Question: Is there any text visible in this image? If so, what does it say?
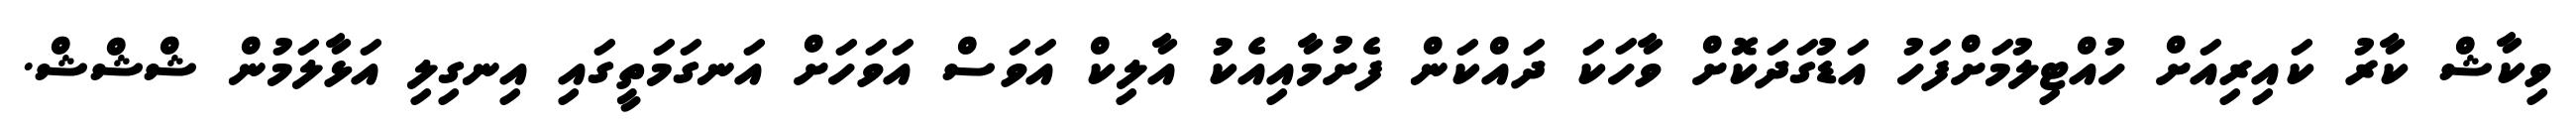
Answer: ވިކާޝް ކާރު ކައިރިއަށް ހުއްޓިލުމަށްފަހު އަޑުގަދަކޮށް ވާހަކަ ދައްކަން ފެށުމާއިއެކު އާލިކް އަވަސް އަވަހަށް އަނގަމަތީގައި އިނގިލި އަޅާލަމުން ޝްޝްޝް.